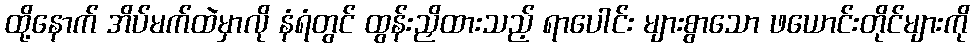
ထို့နောက် အိပ်မက်ထဲမှာလို နံရံတွင် ထွန်းညှိထားသည့် ရာပေါင်း များစွာသော ဖယောင်းတိုင်များကို